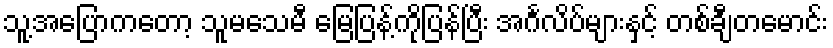
သူ့အပြောကတော့ သူမသေမီ မြေပြန့်ကိုပြန်ပြီး အင်္ဂလိပ်များနှင့် တစ်ချီတမောင်း